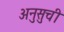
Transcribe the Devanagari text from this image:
अनुसुची